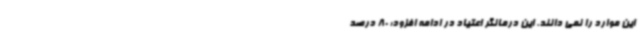
این موارد را نمی دانند. این درمانگر اعتیاد در ادامه افزود: 80 درصد